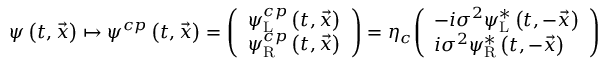
\psi \left( t , { \vec { x } } \right) \mapsto \psi ^ { c p } \left( t , { \vec { x } } \right) = { \left( \begin{array} { l } { \psi _ { \mathrm { L } } ^ { c p } \left( t , { \vec { x } } \right) } \\ { \psi _ { \mathrm { R } } ^ { c p } \left( t , { \vec { x } } \right) } \end{array} \right) } = \eta _ { c } { \left( \begin{array} { l } { - i \sigma ^ { 2 } \psi _ { \mathrm { L } } ^ { * } \left( t , - { \vec { x } } \right) } \\ { i \sigma ^ { 2 } \psi _ { \mathrm { R } } ^ { * } \left( t , - { \vec { x } } \right) } \end{array} \right) }